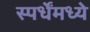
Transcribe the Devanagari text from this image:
स्पर्धेंमध्ये